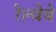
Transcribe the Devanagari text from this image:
रेल्वेवे